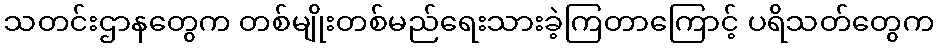
သတင်းဌာနတွေက တစ်မျိုးတစ်မည်ရေးသားခဲ့ကြတာကြောင့် ပရိသတ်တွေက